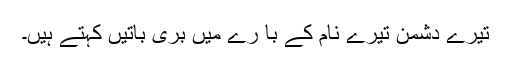
تیرے دُشمن تیرے نام کے با رے میں بُری باتیں کہتے ہیں۔